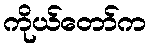
ကိုယ်တော်က